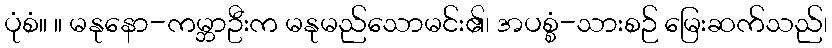
ပုံစံ။ ။ မနုနော-ကမ္ဘာဦးက မနုမည်သောမင်း၏၊ အပစ္စံ-သားစဉ် မြေးဆက်သည်၊